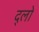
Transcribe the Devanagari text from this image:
द्लो